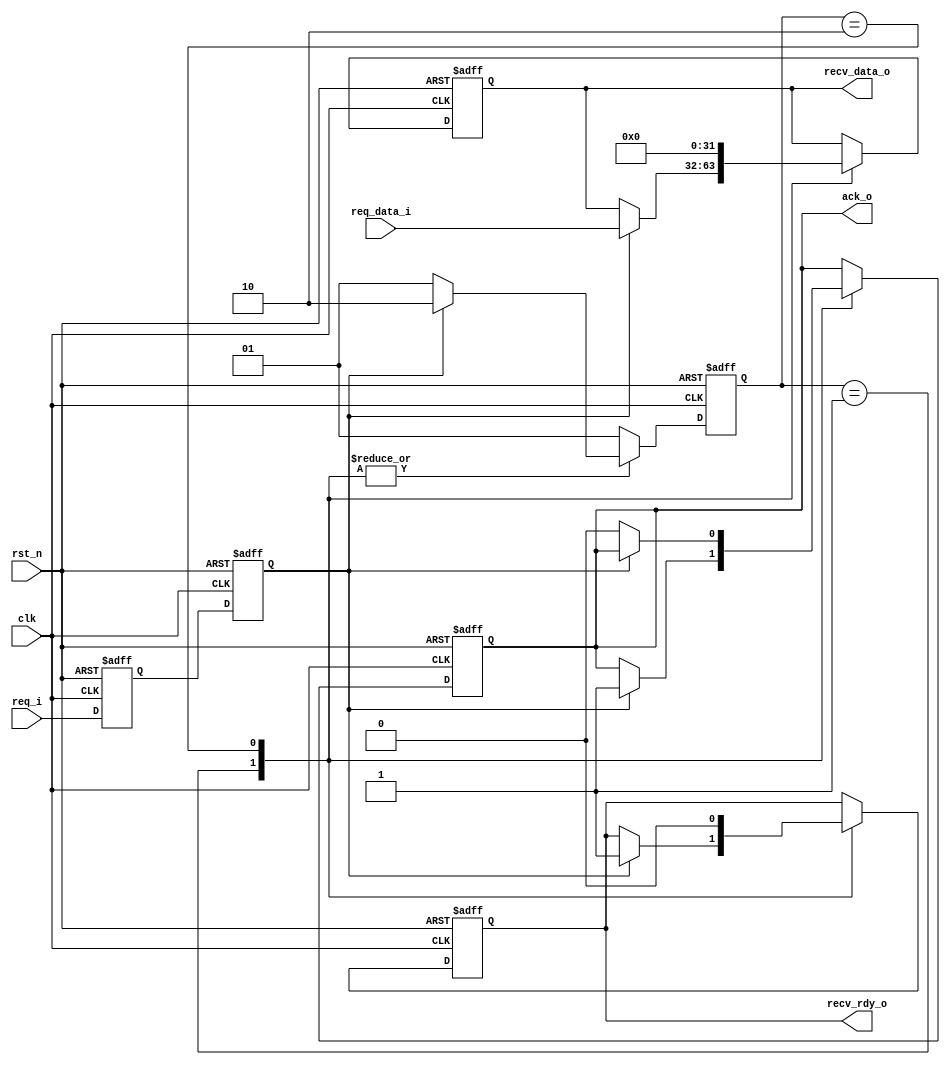
module full_handshake_rx #(
    parameter DW = 32)(             // RX要接收数据的位宽

    input wire clk,                 // RX端时钟信号
    input wire rst_n,               // RX端复位信号

    // from tx
    input wire req_i,               // TX端请求信号
    input wire[DW-1:0] req_data_i,  // TX端输入数据

    // to tx
    output wire ack_o,              // RX端应答TX端信号

    // to rx
    output wire[DW-1:0] recv_data_o,// RX端接收到的数据
    output wire recv_rdy_o          // RX端是否接收到数据信号

    );

    localparam STATE_IDLE     = 2'b01;
    localparam STATE_DEASSERT = 2'b10;

    reg[1:0] state;
    reg[1:0] state_next;

    always @ (posedge clk or negedge rst_n) begin
        if (!rst_n) begin
            state <= STATE_IDLE;
        end else begin
            state <= state_next;
        end
    end

    always @ (*) begin
        case (state)
            // 等待TX请求信号req=1
            STATE_IDLE: begin
                if (req == 1'b1) begin
                    state_next = STATE_DEASSERT;
                end else begin
                    state_next = STATE_IDLE;
                end
            end
            // 等待req=0
            STATE_DEASSERT: begin
                if (req) begin
                    state_next = STATE_DEASSERT;
                end else begin
                    state_next = STATE_IDLE;
                end
            end
            default: begin
                state_next = STATE_IDLE;
            end
        endcase
    end

    reg req_d;
    reg req;

    // 将请求信号打两拍进行同步
    always @ (posedge clk or negedge rst_n) begin
        if (!rst_n) begin
            req_d <= 1'b0;
            req <= 1'b0;
        end else begin
            req_d <= req_i;
            req <= req_d;
        end
    end

    reg[DW-1:0] recv_data;
    reg recv_rdy;
    reg ack;

    always @ (posedge clk or negedge rst_n) begin
        if (!rst_n) begin
            ack <= 1'b0;
            recv_rdy <= 1'b0;
            recv_data <= {(DW){1'b0}};
        end else begin
            case (state)
                STATE_IDLE: begin
                    if (req == 1'b1) begin
                        ack <= 1'b1;
                        recv_rdy <= 1'b1;           // 这个信号只会持续一个时钟
                        recv_data <= req_data_i;    // 这个信号只会持续一个时钟
                    end
                end
                STATE_DEASSERT: begin
                    recv_rdy <= 1'b0;
                    recv_data <= {(DW){1'b0}};
                    // req撤销后ack也撤销
                    if (req == 1'b0) begin
                        ack <= 1'b0;
                    end
                end
            endcase
        end
    end

    assign ack_o = ack;
    assign recv_rdy_o = recv_rdy;
    assign recv_data_o = recv_data;

endmodule